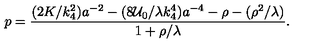
p = \frac { ( 2 K / k _ { 4 } ^ { 2 } ) a ^ { - 2 } - ( 8 { \cal U } _ { 0 } / \lambda k _ { 4 } ^ { 4 } ) a ^ { - 4 } - \rho - ( \rho ^ { 2 } / \lambda ) } { 1 + \rho / \lambda } .